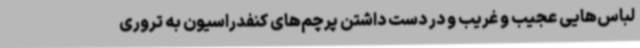
لباس‌هایی عجیب و غریب و در دست داشتن پرچم‌های کنفدراسیون به تروری